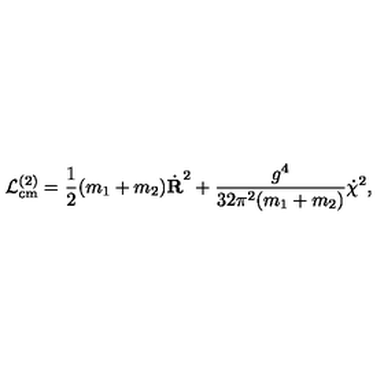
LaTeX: { \cal L } _ { \mathrm { c m } } ^ { ( 2 ) } = \frac { 1 } { 2 } ( m _ { 1 } + m _ { 2 } ) \dot { { \bf R } } ^ { 2 } + \frac { g ^ { 4 } } { 3 2 \pi ^ { 2 } ( m _ { 1 } + m _ { 2 } ) } \dot { \chi } ^ { 2 } ,